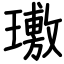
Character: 璷